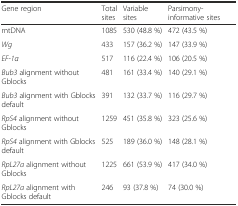
| Gene region | Total sites | Variable sites | Parsimony-informative sites |
 | --- | --- | --- | --- |
 | mtDNA | 1085 | 530 (48.8 %) | 472 (43.5 %) |
 | Wg | 433 | 157 (36.2 %) | 147 (33.9 %) |
 | EF-1α | 517 | 116 (22.4 %) | 106 (20.5 %) |
 | Bub3 alignment without Gblocks | 481 | 161 (33.4 %) | 140 (29.1 %) |
 | Bub3 alignment with Gblocks default | 391 | 132 (33.7 %) | 116 (29.7 %) |
 | RpS4 alignment without Gblocks | 1259 | 451 (35.8 %) | 323 (25.6 %) |
 | RpS4 alignment with Gblocks default | 525 | 189 (36.0 %) | 148 (28.1 %) |
 | RpL27a alignment without Gblocks | 1225 | 661 (53.9 %) | 417 (34.0 %) |
 | RpL27a alignment with Gblocks default | 246 | 93 (37.8 %) | 74 (30.0 %) |